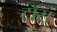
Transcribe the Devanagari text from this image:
टाॅस